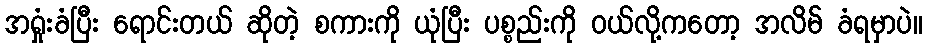
အရှုံးခံပြီး ရောင်းတယ် ဆိုတဲ့ စကားကို ယုံပြီး ပစ္စည်းကို ဝယ်လို့ကတော့ အလိမ် ခံရမှာပဲ။